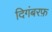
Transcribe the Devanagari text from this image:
दिगंबरफ़